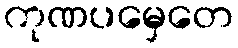
ကုဏပမှေတေ